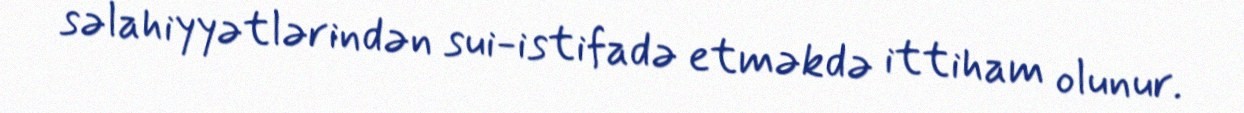
səlahiyyətlərindən sui-istifadə etməkdə ittiham olunur.